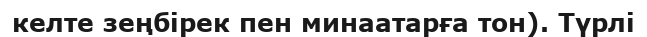
келте зеңбірек пен минаатарға тон). Түрлі